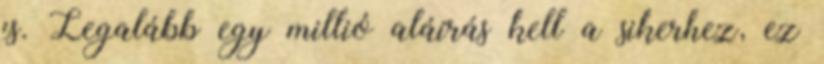
is. Legalább egy millió aláírás kell a sikerhez, ez